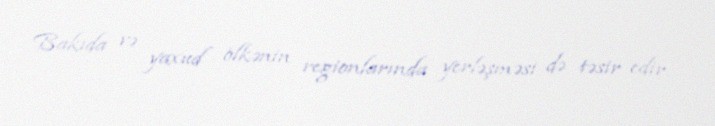
Bakıda və yaxud ölkənin regionlarında yerləşməsi də təsir edir.